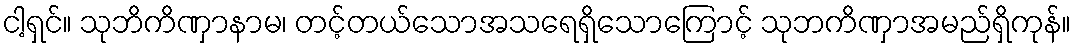
ငါ့ရှင်။ သုဘိကိဏှာနာမ၊ တင့်တယ်သောအသရေရှိသောကြောင့် သုဘကိဏှာအမည်ရှိကုန်။